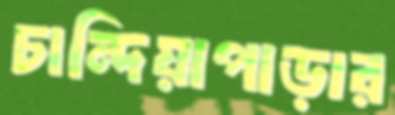
চান্দিয়াপাড়ার